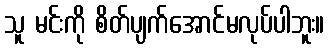
သူ မင်းကို စိတ်ပျက်အောင်မလုပ်ပါဘူး။